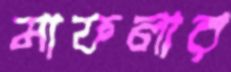
মাফলার